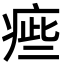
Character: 㾚